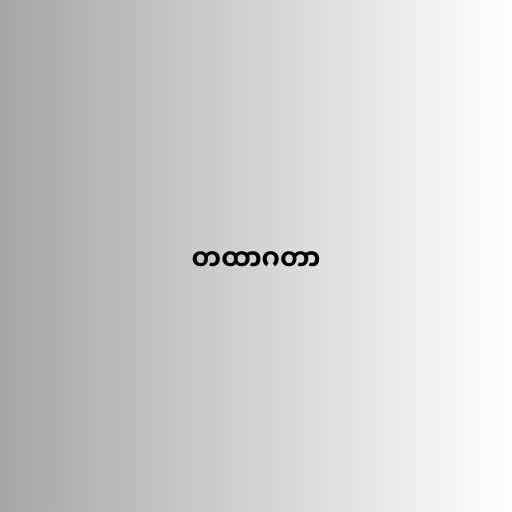
တထာဂတာ